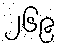
၂၆၉